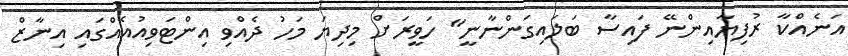
އަނެއްކާ ރުފިޔާއިންނޭ ފައިސާ ބަލައިގަންނާނީ" ހަވީރަށް މިދިޔަ މަހު ދެއްވި އިންޓަވިއުއެއްގައި އިނާޒް